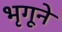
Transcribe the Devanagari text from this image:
भृगूने